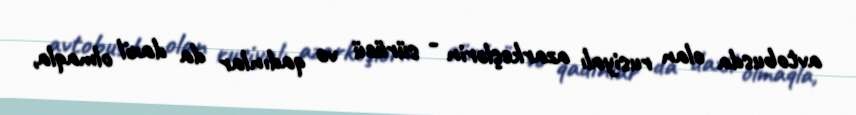
avtobusda olan rusiyalı azarkeşlərin - sürücü və qadınlar da daxil olmaqla,